Civil Veterinary Department Bengal reports 1923-33 - 1923-1933
Year: 1923
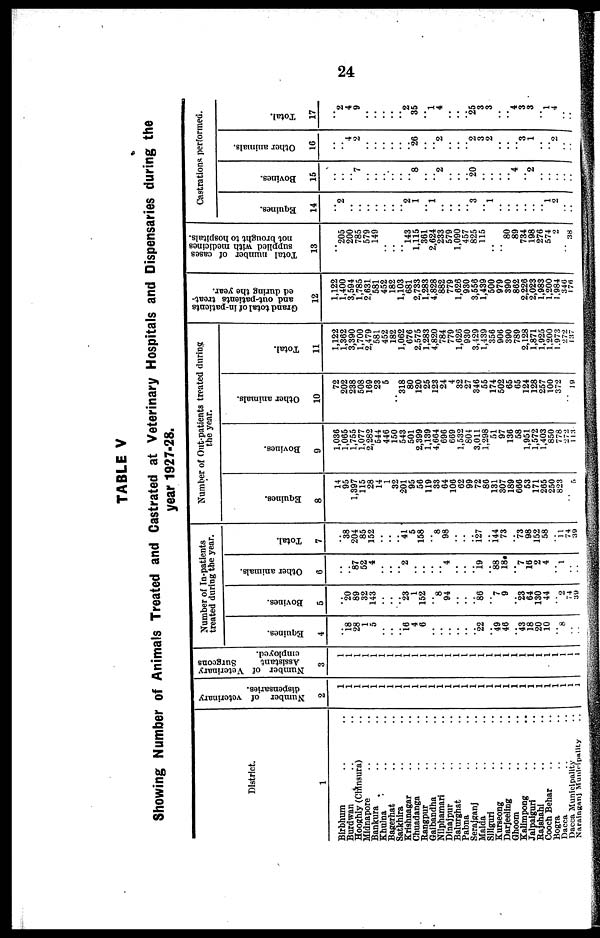
TABLE V
Showing Number of Animals Treated and Castrated at Veterinary Hospitals and Dispensables during the
year 1927-28.
Dlstrlct
1
Birbhum
Burdwan
Hooghly (Chinsura)
Mldnapore
Bankura
Khulna
Bagerhat
Satkhlra
Krishnagar
Chuadanga
Rangpur
GaJbandha
Nllphamari
Dlnajpur
Balurghat
Pabna
SeraiganJ
Malda
Slllguri
Kurseong
Darjeeling
Ghoom
Kallmpong
Jalpalguri
Rajshahl
Cooch Behar
Bogra
Dacca
Dacca Municlpallty
Nnraingftn Muuli- pallty
Number of vctcrlnary
dispensariea.
2
Number of Vctcrinary
Assistant
Surgcons
cmployed.
3
Number of In-patlents
treated du ring the year.
Equincs.
4
18 28
1
5
18 4
6
22
49
46
43
18
20
10
8
Bovines.
5
20
89
32
143
23
1
152
8
94
86
7
9
23
64
130
44
2
74
39
Other anitnals.
0
87
52
4
2
4
19
88
18
7
16
2
4
1
Total.
7
38
204
85
152
41
5
158
8
98
127
144
73
73
98
152
58
11
74
39
Number of Outpatients troated dnrln«
the year.
Equincs.
8
14
95
1,397
115
28
14
1
32
201
95
56
119
33
64
106
62
99
72
80
131
307
189
666
53
171
265
250
823
5
Bovines.
9
1,036
1,065
1,755
1,077
2,282
544
446
150
543
501
2,399
1,139
4,664
696
669
1,532
80
3,011
1,298
51
97
136
58
1,951
1,572
1,403
850
778
272
11
Other animals.
10
72
202
238
508
169
23
5
318
80
120
25
123
24
4
32
27
346
55
174
502
65
65
124
128
257
100
372
19
Total.
11
1,122
1,362
3,390
1,700
2,479
581
452
182
1,062
076
2,575
1,283
4,820
784
779
1,020
930
3,429
1,439
356
906
390
789
2,128
1,871
1,925
1.200
1,973
272
137
Grand total of in-patlents
and out-patients treat-
ed during the year.
12
1,122
1,400
3,594
1,785
2,631
581
452
182
1,103
681
2,733
1,283
4,828
882
779
1,626
930
3,556
1,439
500
979
390
862
2,226
2,023
1,983
1,200
1,984
340
176
Total number of cases
supplied with medicines
not brought to hospituls.
13
205
200
785
579
149
143
1,115
361
2,624
233
579
1,090
457
825
115
80
89
734
198
276
574
2
38
Castration« performed.
Equines.
14
2
2
1
1
3
l
1
2
Bovines.
15
7
8
2
20
4
2
Other animals.
16
4
2
26
2
2
3
2
3
1
2
Total.
17
2
4
9
2
35
l
4
25
3
3
4
3
3
l
4